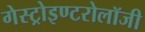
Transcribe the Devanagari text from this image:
गेस्ट्रोइण्टरोलॉजी